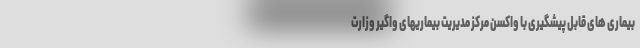
بیماری های قابل پیشگیری با واکسن مرکز مدیریت بیماریهای واگیر وزارت